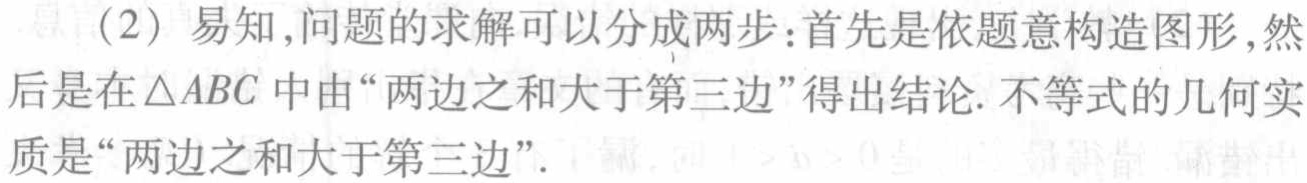
(2) 易知,问题的求解可以分成两步:首先是依题意构造图形,然后是在\(\triangle ABC\)中由“两边之和大于第三边”得出结论. 不等式的几何实质是“两边之和大于第三边”.